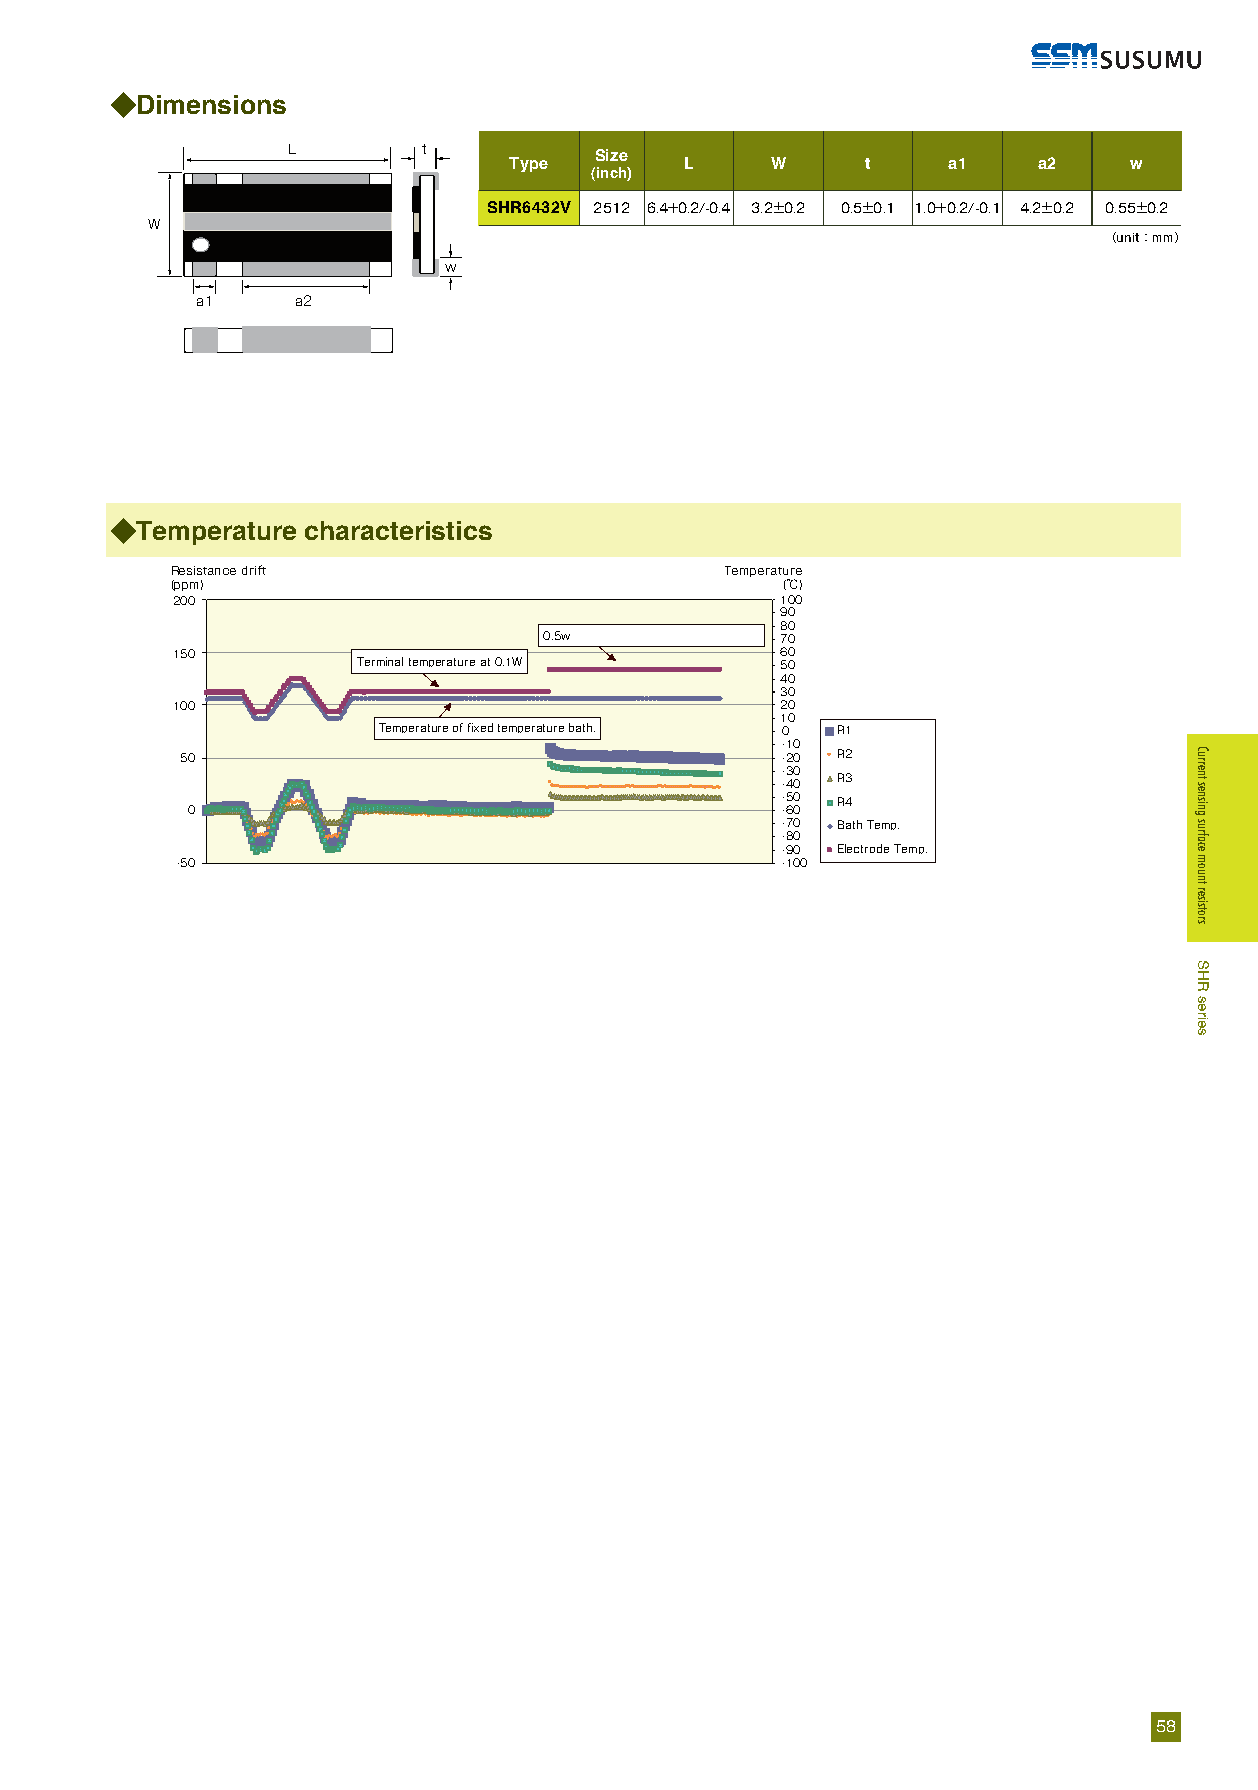
◆Dimensions
 L        t          Size
 Type       L     W     t     a1    a2    w
 (inch)
 SHR6432V 2512 6.4+0.2/-0.4 3.2±0.2 0.5±0.1 1.0+0.2/-0.1 4.2±0.2 0.55±0.2
 W
 （unit：mm）
 w
 a1     a2
 ◆Temperature characteristics
 Resistance drift                     Temperature
 (ppm)                                    (℃)
 200                                      100
 90
 80
 0.5w            70
 150                                      60
 Terminal temperature at 0.1W 50
 40
 30
 100                                      20
 10
 Temperature of fixed temperature bath. 0 R1
 -10
 50                                      -20 R2
 -30
 -40 R3
 -50 R4
 0                                       -60
 -70 Bath Temp.
 -80
 -90 Electrode Temp.
 -50                                     -100
 58
 Current
 sensing
 surface
 mount
 resistors
 SHR
 series